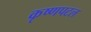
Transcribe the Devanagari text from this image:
कृष्णपटल